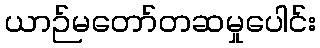
ယာဉ်မတော်တဆမှုပေါင်း